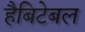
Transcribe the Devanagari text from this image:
हैबिटेबल